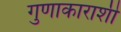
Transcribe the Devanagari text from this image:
गुणाकाराशी